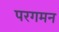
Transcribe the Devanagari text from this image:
परगमन